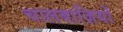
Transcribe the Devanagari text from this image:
चालबाज़ियों